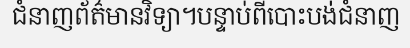
ជំនាញព័ត៌មានវិទ្យា។បន្ទាប់ពីបោះបង់ជំនាញ